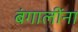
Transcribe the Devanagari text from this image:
बंगालींना